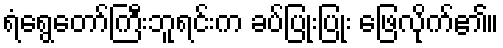
ရံရွေတော်ကြီးဘူရင်းက ခပ်ပြုံးပြုံး ဖြေလိုက်၏။